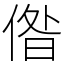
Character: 偺